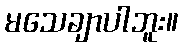
မသေချာပါဘူး။